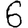
Digit: 6